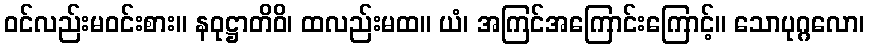
ဝင်လည်းမဝင်းစား။ နဝုဋ္ဌာတိဝိ၊ ထလည်းမထ။ ယံ၊ အကြင်အကြောင်းကြောင့်။ သောပုဂ္ဂလော၊